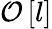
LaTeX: \mathcal O\left[l\right]